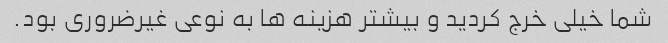
شما خیلی خرج کردید و بیشتر هزینه ها به نوعی غیرضروری بود.